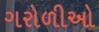
ગરોળીઓ